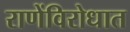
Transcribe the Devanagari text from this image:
राणेंविरोधात